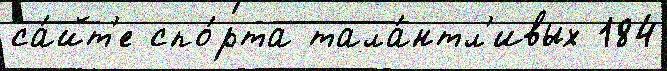
са́йт'е спо́рта тала́нтл'ивых 184